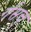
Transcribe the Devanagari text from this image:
र्गसच्